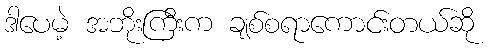
ဒါပေမဲ့ အဘိုးကြီးက ချစ်စရာကောင်းတယ်ဆို